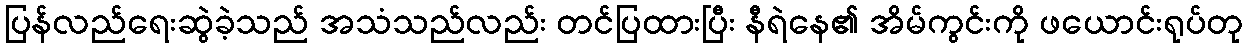
ပြန်လည်ရေးဆွဲခဲ့သည် အသံသည်လည်း တင်ပြထားပြီး နီရဲနေ၏ အိမ်ကွင်းကို ဖယောင်းရုပ်တု